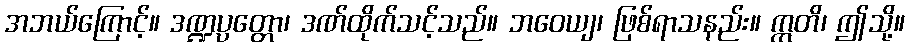
အဘယ်ကြောင့်။ ဒဏ္ဍပ္ပတ္တော၊ ဒဏ်ထိုက်သင့်သည်။ ဘဝေယျ၊ ဖြစ်ရာသနည်း။ ဣတိ၊ ဤသို့။